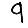
Digit: 9